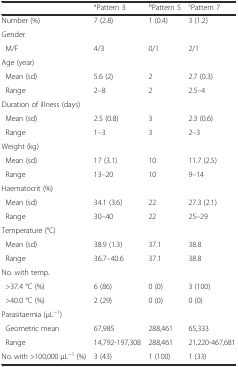
<table><thead><tr><td>[EMPTY_CELL]</td><td><b><sup>a</sup>Pattern 3</b></td><td><b><sup>b</sup>Pattern 5</b></td><td><b><sup>c</sup>Pattern 7</b></td></tr></thead><tbody><tr><td>Number (%)</td><td>7 (2.8)</td><td>1 (0.4)</td><td>3 (1.2)</td></tr><tr><td colspan="4">Gender</td></tr><tr><td> M/F</td><td>4/3</td><td>0/1</td><td>2/1</td></tr><tr><td colspan="4">Age (year)</td></tr><tr><td> Mean (sd)</td><td>5.6 (2)</td><td>2</td><td>2.7 (0.3)</td></tr><tr><td> Range</td><td>2–8</td><td>2</td><td>2.5–4</td></tr><tr><td colspan="4">Duration of illness (days)</td></tr><tr><td> Mean (sd)</td><td>2.5 (0.8)</td><td>3</td><td>2.3 (0.6)</td></tr><tr><td> Range</td><td>1–3</td><td>3</td><td>2–3</td></tr><tr><td colspan="4">Weight (kg)</td></tr><tr><td> Mean (sd)</td><td>17 (3.1)</td><td>10</td><td>11.7 (2.5)</td></tr><tr><td> Range</td><td>13–20</td><td>10</td><td>9–14</td></tr><tr><td colspan="4">Haematocrit (%)</td></tr><tr><td> Mean (sd)</td><td>34.1 (3.6)</td><td>22</td><td>27.3 (2.1)</td></tr><tr><td> Range</td><td>30–40</td><td>22</td><td>25–29</td></tr><tr><td colspan="4">Temperature (°C)</td></tr><tr><td> Mean (sd)</td><td>38.9 (1.3)</td><td>37.1</td><td>38.8</td></tr><tr><td> Range</td><td>36.7–40.6</td><td>37.1</td><td>38.8</td></tr><tr><td colspan="4">No. with temp.</td></tr><tr><td> &gt;37.4 °C (%)</td><td>6 (86)</td><td>0 (0)</td><td>3 (100)</td></tr><tr><td> &gt;40.0 °C (%)</td><td>2 (29)</td><td>0 (0)</td><td>0 (0)</td></tr><tr><td colspan="4">Parasitaemia (μL<sup>−1</sup>)</td></tr><tr><td> Geometric mean</td><td>67,985</td><td>288,461</td><td>65,333</td></tr><tr><td> Range</td><td>14,792-197,308</td><td>288,461</td><td>21,220-467,681</td></tr><tr><td>No. with &gt;100,000 μL<sup>−1</sup> (%)</td><td>3 (43)</td><td>1 (100)</td><td>1 (33)</td></tr></tbody></table>